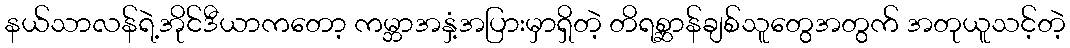
နယ်သာလန်ရဲ့အိုင်ဒီယာကတော့ ကမ္ဘာအနှံ့အပြားမှာရှိတဲ့ တိရစ္ဆာန်ချစ်သူတွေအတွက် အတုယူသင့်တဲ့